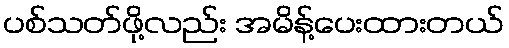
ပစ်သတ်ဖို့လည်း အမိန့်ပေးထားတယ်